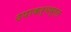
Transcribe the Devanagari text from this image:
उपाकर्मव्रत